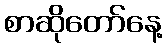
စာဆိုတော်နေ့